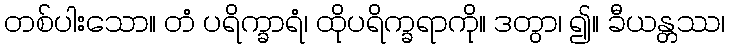
တစ်ပါးသော။ တံ ပရိက္ခာရံ၊ ထိုပရိက္ခရာကို။ ဒတွာ၊ ၍။ ခီယန္တဿ၊